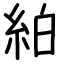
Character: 絈